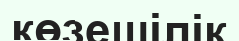
көзешілік